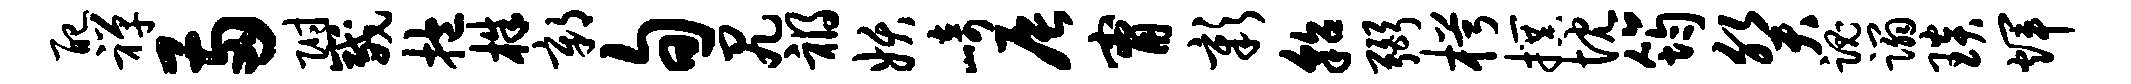
配禅两附崴抱株鄣旬尻祸妖崎辰甯彰貂弼枵撰忱筠癸魂蹋琰辉